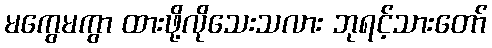
မကွေမကွာ ထားဖို့လိုသေးသလား ဘုရင့်သားတော်